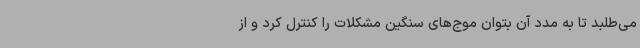
می‌طلبد تا به مدد آن بتوان موج‌های سنگین مشکلات را کنترل کرد و از